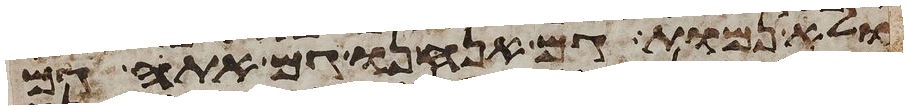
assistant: ולא נמות גם אנחנו גם אתה גם